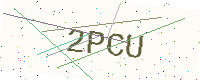
Text: 2PCU